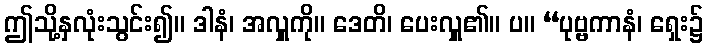
ဤသို့နှလုံးသွင်း၍။ ဒါနံ၊ အလှူကို။ ဒေတိ၊ ပေးလှူ၏။ ပ။ “ပုဗ္ဗကာနံ၊ ရှေး၌